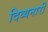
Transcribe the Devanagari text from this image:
दिव्यनारी